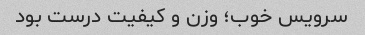
سرویس خوب؛ وزن و کیفیت درست بود